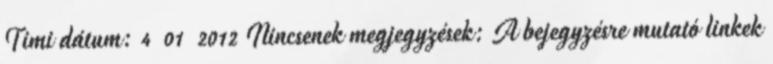
Timi dátum: 4 01 2012 Nincsenek megjegyzések: A bejegyzésre mutató linkek